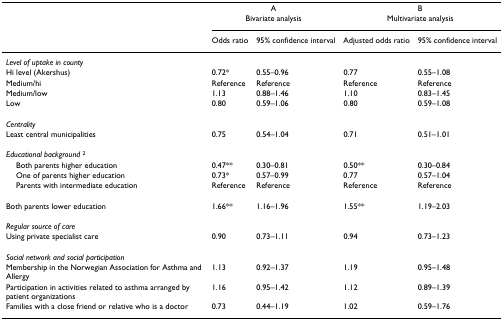
<table><thead><tr><td></td><td colspan="2"><b>ABivariate analysis</b></td><td colspan="2"><b>BMultivariate analysis</b></td></tr><tr><td></td><td><b>Odds ratio</b></td><td><b>95% confidence interval</b></td><td><b>Adjusted odds ratio</b></td><td><b>95% confidence interval</b></td></tr></thead><tbody><tr><td><i>Level of uptake in county</i></td><td></td><td></td><td></td><td></td></tr><tr><td>Hi level (Akershus)</td><td>0.72*</td><td>0.55–0.96</td><td>0.77</td><td>0.55–1.08</td></tr><tr><td>Medium/hi</td><td>Reference</td><td>Reference</td><td>Reference</td><td>Reference</td></tr><tr><td>Medium/low</td><td>1.13</td><td>0.88–1.46</td><td>1.10</td><td>0.83–1.45</td></tr><tr><td>Low</td><td>0.80</td><td>0.59–1.06</td><td>0.80</td><td>0.59–1.08</td></tr><tr><td><i>Centrality</i></td><td></td><td></td><td></td><td></td></tr><tr><td>Least central municipalities</td><td>0.75</td><td>0.54–1.04</td><td>0.71</td><td>0.51–1.01</td></tr><tr><td><i>Educational background </i><sup>2</sup></td><td></td><td></td><td></td><td></td></tr><tr><td> Both parents higher education</td><td>0.47**</td><td>0.30–0.81</td><td>0.50**</td><td>0.30–0.84</td></tr><tr><td> One of parents higher education</td><td>0.73*</td><td>0.57–0.99</td><td>0.77</td><td>0.57–1.04</td></tr><tr><td> Parents with intermediate education</td><td>Reference</td><td>Reference</td><td>Reference</td><td>Reference</td></tr><tr><td>Both parents lower education</td><td>1.66**</td><td>1.16–1.96</td><td>1.55**</td><td>1.19–2.03</td></tr><tr><td><i>Regular source of care</i></td><td></td><td></td><td></td><td></td></tr><tr><td>Using private specialist care</td><td>0.90</td><td>0.73–1.11</td><td>0.94</td><td>0.73–1.23</td></tr><tr><td><i>Social network and social participation</i></td><td></td><td></td><td></td><td></td></tr><tr><td>Membership in the Norwegian Association for Asthma and Allergy</td><td>1.13</td><td>0.92–1.37</td><td>1.19</td><td>0.95–1.48</td></tr><tr><td>Participation in activities related to asthma arranged by patient organizations</td><td>1.16</td><td>0.95–1.42</td><td>1.12</td><td>0.89–1.39</td></tr><tr><td>Families with a close friend or relative who is a doctor</td><td>0.73</td><td>0.44–1.19</td><td>1.02</td><td>0.59–1.76</td></tr></tbody></table>